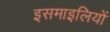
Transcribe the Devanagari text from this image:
इसमाइलियों